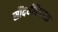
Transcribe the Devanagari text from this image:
सौंदर्यविषयक